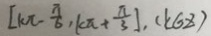
[ k \pi - \frac { \pi } { 6 } , k \pi + \frac { \pi } { 3 } ] , ( k \epsilon Z )